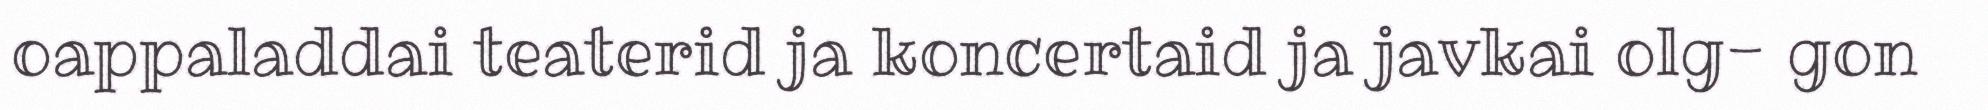
oappaladdai teaterid ja koncertaid ja javkai olg- gon